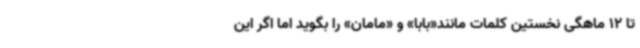
تا 12 ماهگی نخستین کلمات مانند«بابا» و «مامان» را بگوید اما اگر این